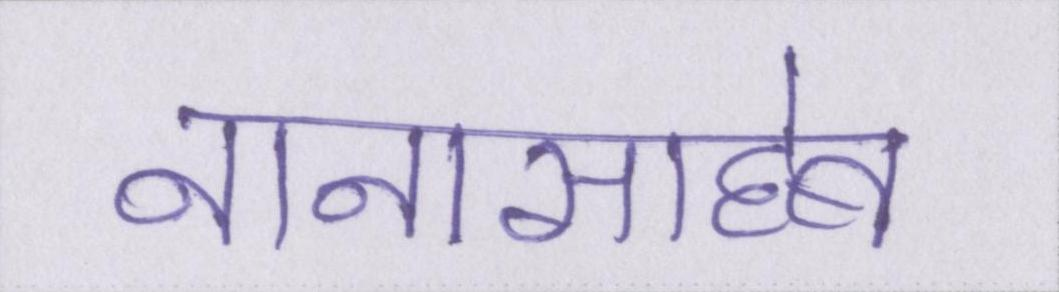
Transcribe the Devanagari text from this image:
नानासाहेब